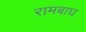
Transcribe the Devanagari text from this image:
रामबाघ